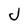
Character: J